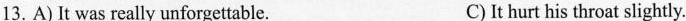
13. A)It was really unforgettable. C) It hurt his throat slightly.